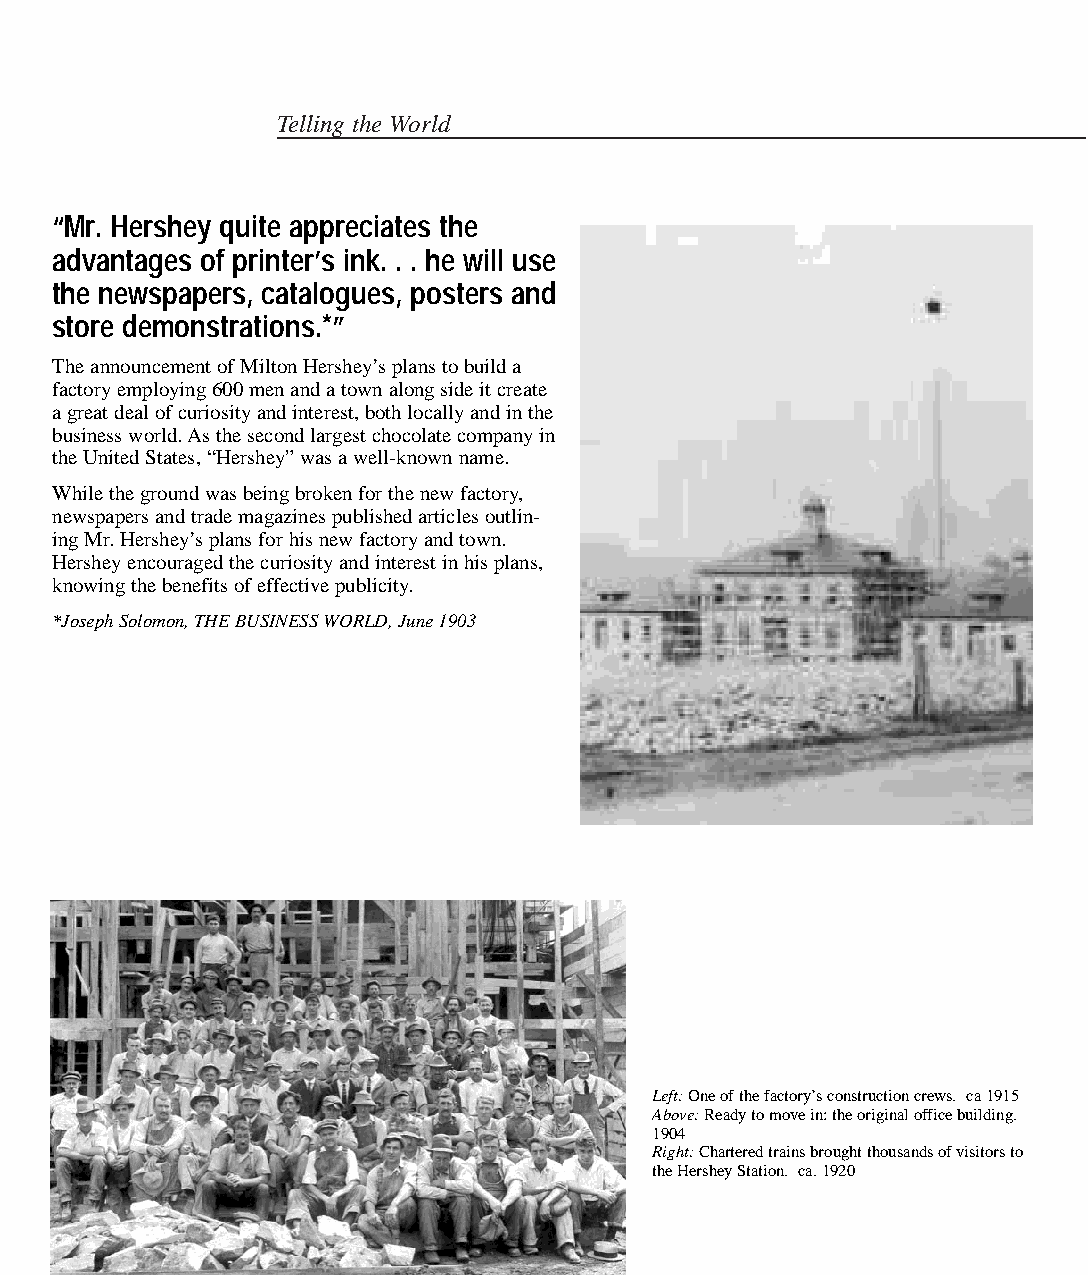
Telling the World
 “Mr. Hershey quite appreciates the
 advantages of printer’s ink. . . he will use
 the newspapers, catalogues, posters and
 store demonstrations.*”
 The announcement of Milton Hershey’s plans to build a
 factory employing 600 men and a town along side it create
 a great deal of curiosity and interest, both locally and in the
 business world. As the second largest chocolate company in
 the United States, “Hershey” was a well-known name.
 While the ground was being broken for the new factory,
 newspapers and trade magazines published articles outlin-
 ing Mr. Hershey’s plans for his new factory and town.
 Hershey encouraged the curiosity and interest in his plans,
 knowing the benefits of effective publicity.
 *Joseph Solomon, THE BUSINESS WORLD, June 1903
 Left:One of the factory’s construction crews. ca 1915
 Above:Ready to move in: the original office building.
 1904
 Right:Chartered trains brought thousands of visitors to
 the Hershey Station. ca. 1920